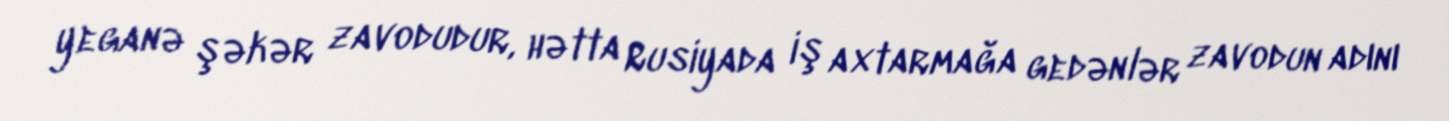
yeganə şəkər zavodudur, hətta Rusiyada iş axtarmağa gedənlər zavodun adını